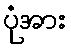
ပုံအား